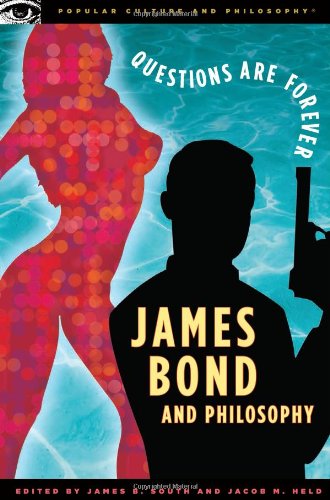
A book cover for James Bond and Philosophy: Questions Are Forever (Popular Culture and Philosophy); Humor & Entertainment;